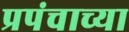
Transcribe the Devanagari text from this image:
प्रपंचाच्या